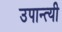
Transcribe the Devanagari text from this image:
उपान्त्यी